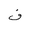
Letter: _fa